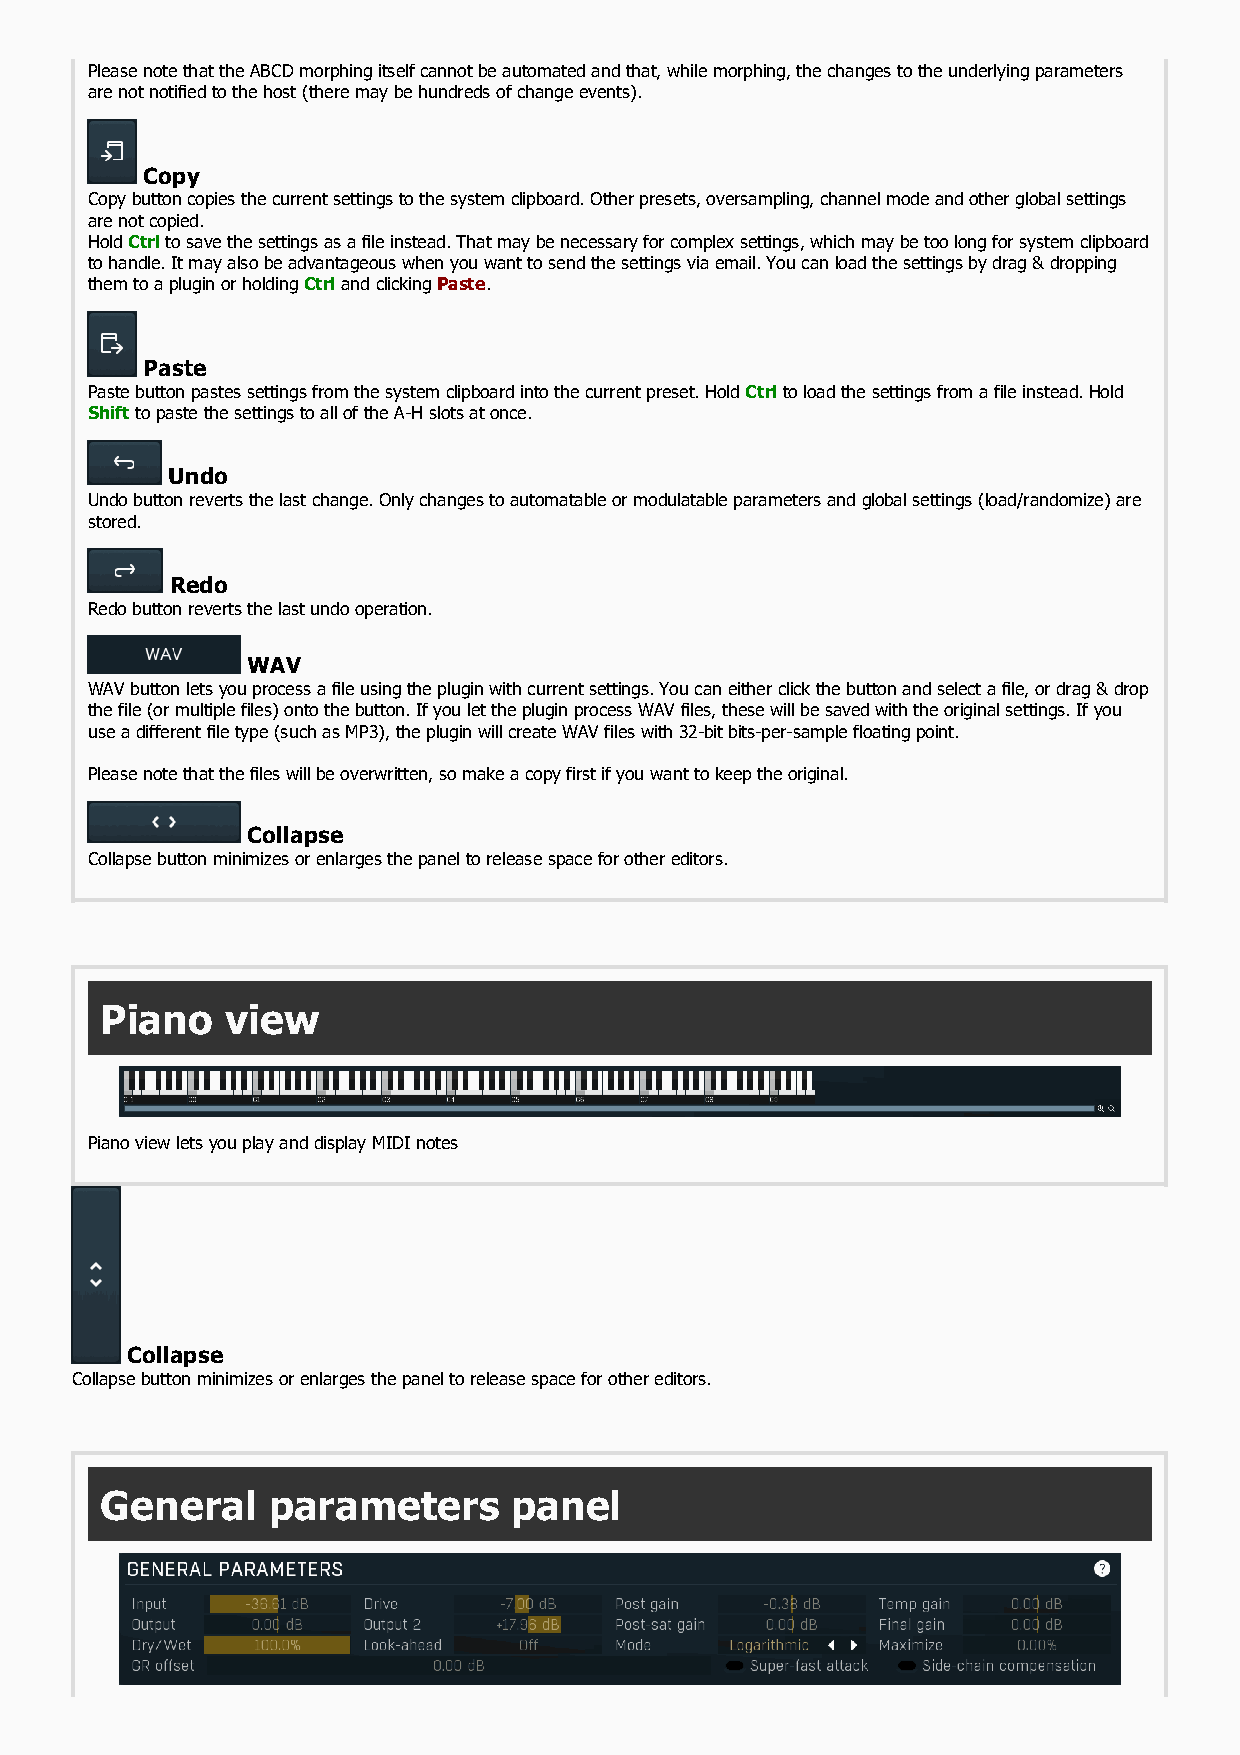
Please note that the ABCD morphing itself cannot be automated and that, while morphing, the changes to the underlying parameters
 are not notified to the host (there may be hundreds of change events).
 Copy
 Copy button copies the current settings to the system clipboard. Other presets, oversampling, channel mode and other global settings
 are not copied.
 Hold Ctrl to save the settings as a file instead. That may be necessary for complex settings, which may be too long for system clipboard
 to handle. It may also be advantageous when you want to send the settings via email. You can load the settings by drag & dropping
 them to a plugin or holding Ctrl and clicking Paste.
 Paste
 Paste button pastes settings from the system clipboard into the current preset. Hold Ctrl to load the settings from a file instead. Hold
 Shift to paste the settings to all of the A-H slots at once.
 Undo
 Undo button reverts the last change. Only changes to automatable or modulatable parameters and global settings (load/randomize) are
 stored.
 Redo
 Redo button reverts the last undo operation.
 WAV
 WAV button lets you process a file using the plugin with current settings. You can either click the button and select a file, or drag & drop
 the file (or multiple files) onto the button. If you let the plugin process WAV files, these will be saved with the original settings. If you
 use a different file type (such as MP3), the plugin will create WAV files with 32-bit bits-per-sample floating point.
 Please note that the files will be overwritten, so make a copy first if you want to keep the original.
 Collapse
 Collapse button minimizes or enlarges the panel to release space for other editors.
 Piano   view
 Piano view lets you play and display MIDI notes
 Collapse
 Collapse button minimizes or enlarges the panel to release space for other editors.
 General    parameters      panel